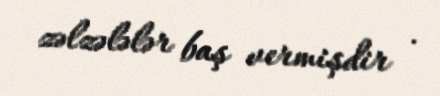
zəlzələlər baş vermişdir .